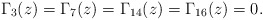
\begin{align*}\Gamma_{3}(z)=\Gamma_{7}(z)=\Gamma_{14}(z)=\Gamma_{16}(z)=0.\end{align*}